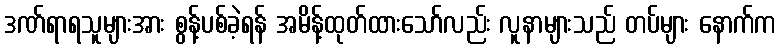
ဒဏ်ရာရသူများအား စွန့်ပစ်ခဲ့ရန် အမိန့်ထုတ်ထားသော်လည်း လူနာများသည် တပ်များ နောက်က